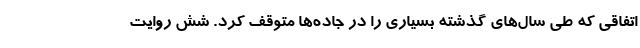
اتفاقی که طی سال‌های گذشته بسیاری را در جاده‌ها متوقف کرد. شش روایت